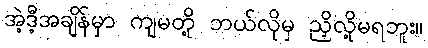
အဲ့ဒီ့အချိန်မှာ ကျမတို့ ဘယ်လိုမှ ညှိလို့မရဘူး။